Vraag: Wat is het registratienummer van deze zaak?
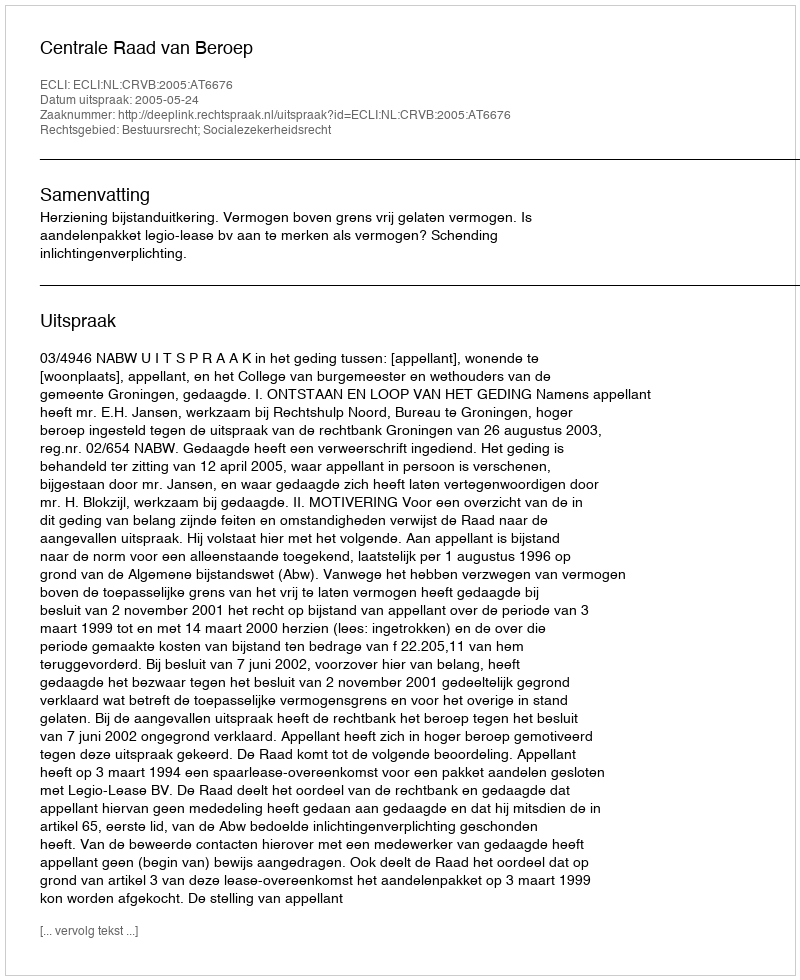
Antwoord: http://deeplink.rechtspraak.nl/uitspraak?id=ECLI:NL:CRVB:2005:AT6676